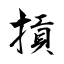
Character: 摃